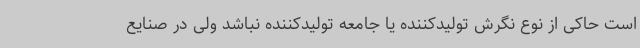
است حاکی از نوع نگرش تولیدکننده یا جامعه تولیدکننده نباشد ولی در صنایع